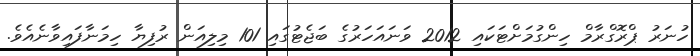
ހުނަރު ޕްރޮގްރާމް ހިންގުމަށްޓަކައި 2012 ވަނައަހަރުގެ ބަޖެޓުގައި 101 މިލިއަން ރުފިޔާ ހިމަނާފައިވާނެއެވެ.